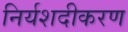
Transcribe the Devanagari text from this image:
निर्यशदीकरण